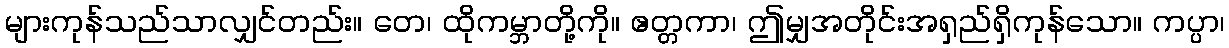
များကုန်သည်သာလျှင်တည်း။ တေ၊ ထိုကမ္ဘာတို့ကို။ ဧတ္တကာ၊ ဤမျှအတိုင်းအရှည်ရှိကုန်သော။ ကပ္ပာ၊